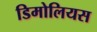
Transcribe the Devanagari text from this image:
डिमोलियस